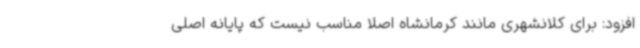
افزود: برای کلانشهری مانند کرمانشاه اصلا مناسب نیست که پایانه اصلی